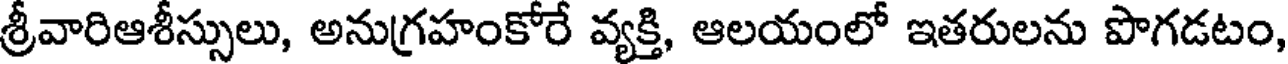
శ్రీవారిఆశీస్సులు, అనుగ్రహంకోరే వ్యక్తి, ఆలయంలో ఇతరులను పొగడటం,